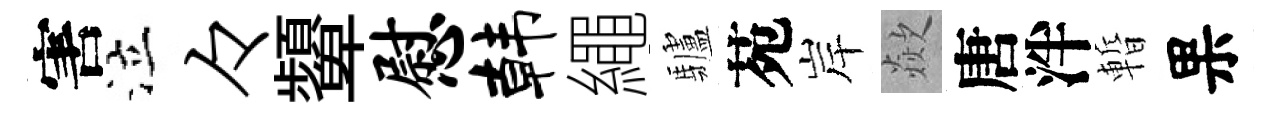
害泣々顰慰韩繩驢苑岸歘唐泮暫果